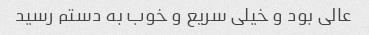
عالی بود و خیلی سریع و خوب به دستم رسید